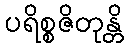
ပရိစ္စဇိတုန္တိ